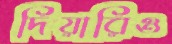
দিয়ারিও